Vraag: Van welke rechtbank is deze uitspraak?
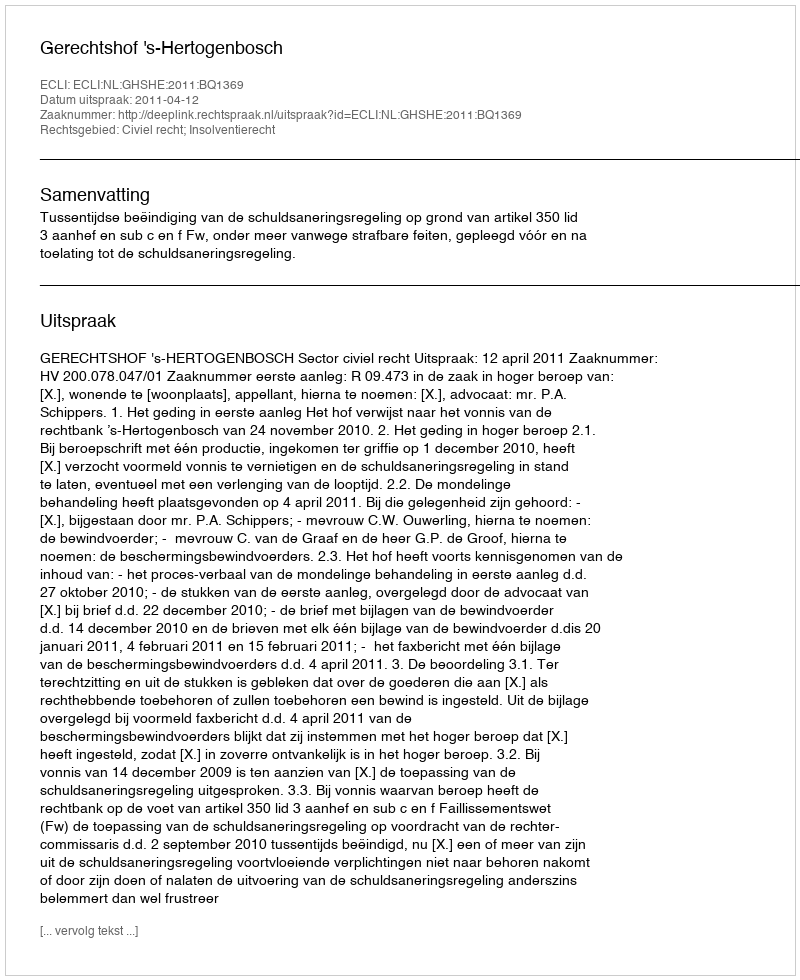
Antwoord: Gerechtshof 's-Hertogenbosch